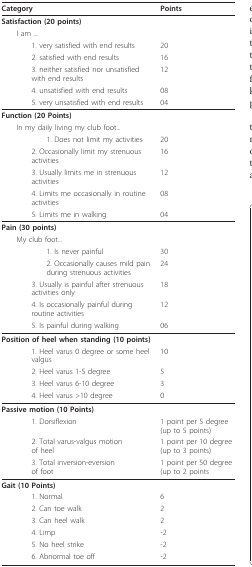
| Category | Points |
 | --- | --- |
 | Satisfaction (20 points) |  |
 | I am ... |  |
 | 1. very satisfied with end results | 20 |
 | 2. satisfied with end results | 16 |
 | 3. neither satisfied nor unsatisfied with end results | 12 |
 | 4. unsatisfied with end results | 08 |
 | 5. very unsatisfied with end results | 04 |
 | Function (20 Points) |  |
 | In my daily living my club foot... |  |
 | 1. Does not limit my activities | 20 |
 | 2. Occasionally limit my strenuous activities | 16 |
 | 3. Usually limits me in strenuous activities | 12 |
 | 4. Limits me occasionally in routine activities | 08 |
 | 5. Limits me in walking | 04 |
 | Pain (30 points) |  |
 | My club foot... |  |
 | 1. Is never painful | 30 |
 | 2. Occasionally causes mild pain during strenuous activities | 24 |
 | 3. Usually is painful after strenuous activities only | 18 |
 | 4. Is occasionally painful during routine activities | 12 |
 | 5. Is painful during walking | 06 |
 | Position of heel when standing (10 points) |  |
 | 1. Heel varus 0 degree or some heel valgus | 10 |
 | 2. Heel varus 1-5 degree | 5 |
 | 3. Heel varus 6-10 degree | 3 |
 | 4. Heel varus >10 degree | 0 |
 | Passive motion (10 Points) |  |
 | 1. Dorsiflexion | 1 point per 5 degree (up to 5 points) |
 | 2. Total varus-valgus motion of heel | 1 point per 10 degree (up to 3 points) |
 | 3. Total inversion-eversion of foot | 1 point per 50 degree (up to 2 points |
 | Gait (10 Points) |  |
 | 1. Normal | 6 |
 | 2. Can toe walk | 2 |
 | 3. Can heel walk | 2 |
 | 4. Limp | -2 |
 | 5. No heel strike | -2 |
 | 6. Abnormal toe off | -2 |